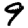
Digit: 9